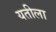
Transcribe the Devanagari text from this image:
यतीला